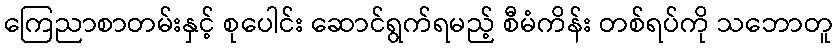
ကြေညာစာတမ်းနှင့် စုပေါင်း ဆောင်ရွက်ရမည့် စီမံကိန်း တစ်ရပ်ကို သဘောတူ